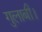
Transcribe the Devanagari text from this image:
गुलाबी।